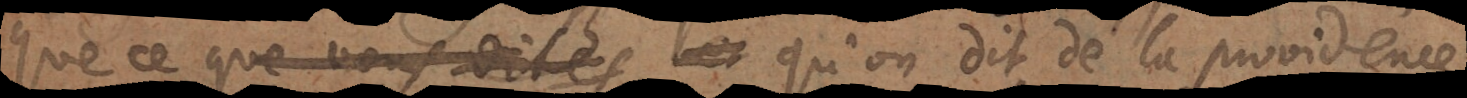
que ce que vous dites et qu’on dit de la providence,